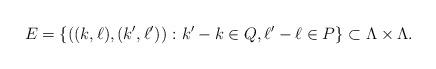
LaTeX: \begin{align*} E = \{\left( (k, \ell), (k', \ell') \right) \colon k' - k\in Q, \ell' - \ell\in P\}\subset \Lambda \times \Lambda.\end{align*}